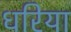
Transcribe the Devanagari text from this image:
धरिया